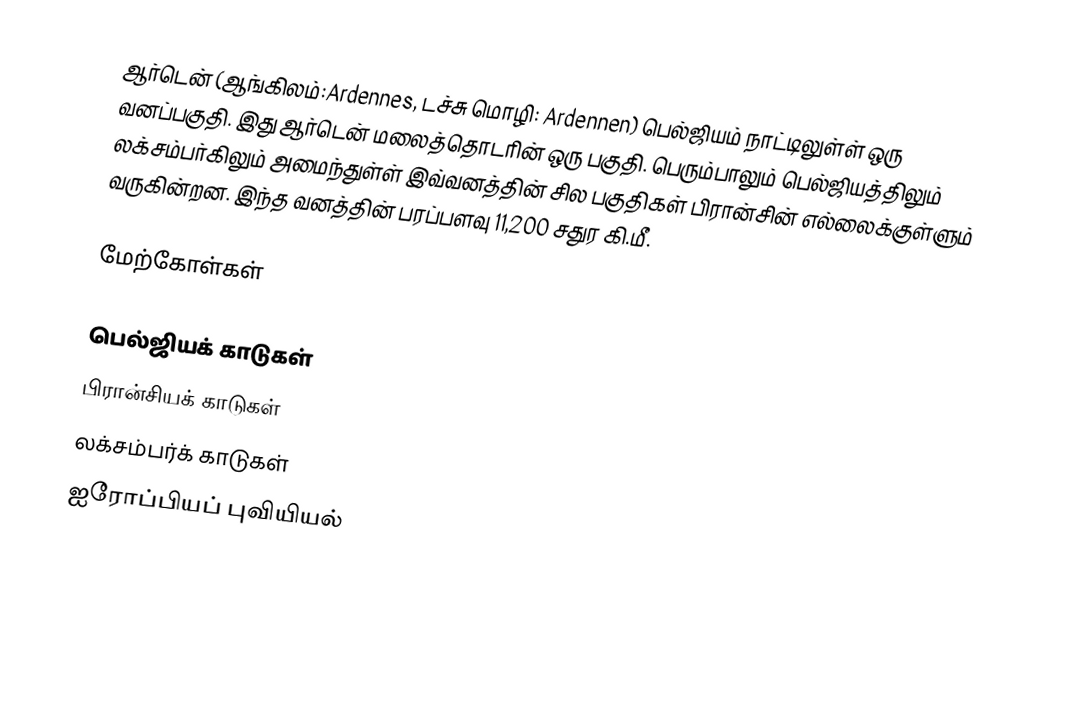
ஆர்டென் (ஆங்கிலம்:Ardennes, டச்சு மொழி: Ardennen) பெல்ஜியம் நாட்டிலுள்ள் ஒரு வனப்பகுதி. இது ஆர்டென் மலைத்தொடரின் ஒரு பகுதி. பெரும்பாலும் பெல்ஜியத்திலும் லக்சம்பர்கிலும் அமைந்துள்ள் இவ்வனத்தின் சில பகுதிகள் பிரான்சின் எல்லைக்குள்ளும் வருகின்றன. இந்த வனத்தின் பரப்பளவு 11,200 சதுர கி.மீ.

மேற்கோள்கள்

பெல்ஜியக் காடுகள்
பிரான்சியக் காடுகள்
லக்சம்பர்க் காடுகள்
ஐரோப்பியப் புவியியல்